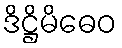
ဒိဋ္ဌိမိဓေဝ